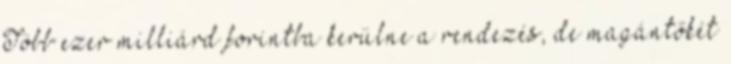
Több ezer milliárd forintba kerülne a rendezés, de magántőkét